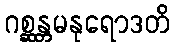
ဂစ္ဆန္တမနုရောဒတိ